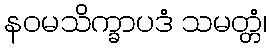
နဝမသိက္ခာပဒံ သမတ္တံ၊